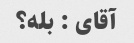
آقای : بله؟